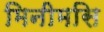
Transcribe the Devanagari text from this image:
मिनीमसि